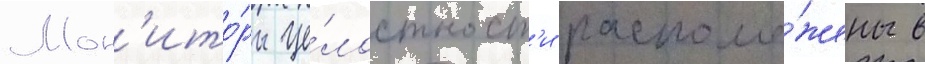
Мон'ито́ры це́лостност'и располо́жены в